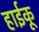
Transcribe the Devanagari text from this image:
हाईकू